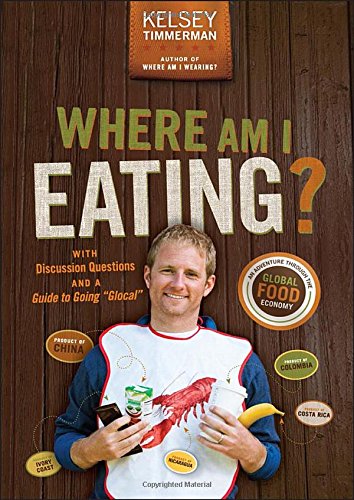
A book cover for Where Am I Eating: An Adventure Through the Global Food Economy with Discussion Questions and a Guide to Going "Glocal"; Kelsey Timmerman; Cookbooks, Food & Wine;